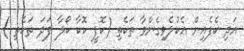
އަދި ކެފެއިން އެކުލެވިގެންވާ ތަކެތި (ކޮފީ ކޮކާ ކޯލާ ފަދަ ތަކެތި )